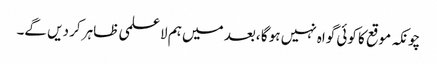
چونکہ موقع کا کوئی گواہ نہیں ہو گا ،بعد میں ہم لا علمی ظاہر کر دیں گے۔